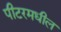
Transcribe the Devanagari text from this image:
पीटरमधील